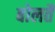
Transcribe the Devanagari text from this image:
बोलतै